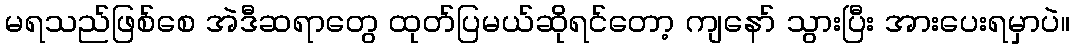
မရသည်ဖြစ်စေ အဲဒီဆရာတွေ ထုတ်ပြမယ်ဆိုရင်တော့ ကျနော် သွားပြီး အားပေးရမှာပဲ။